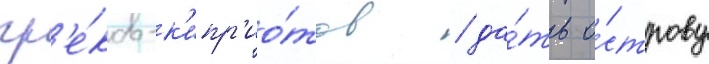
гр'е́ков-к'ипр'ио́тов / да́ть о́строву